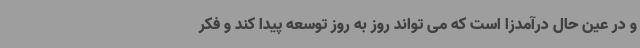
و در عین حال درآمدزا است که می تواند روز به روز توسعه پیدا کند و فکر